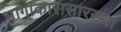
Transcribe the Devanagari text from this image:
भागाकारासारख्या